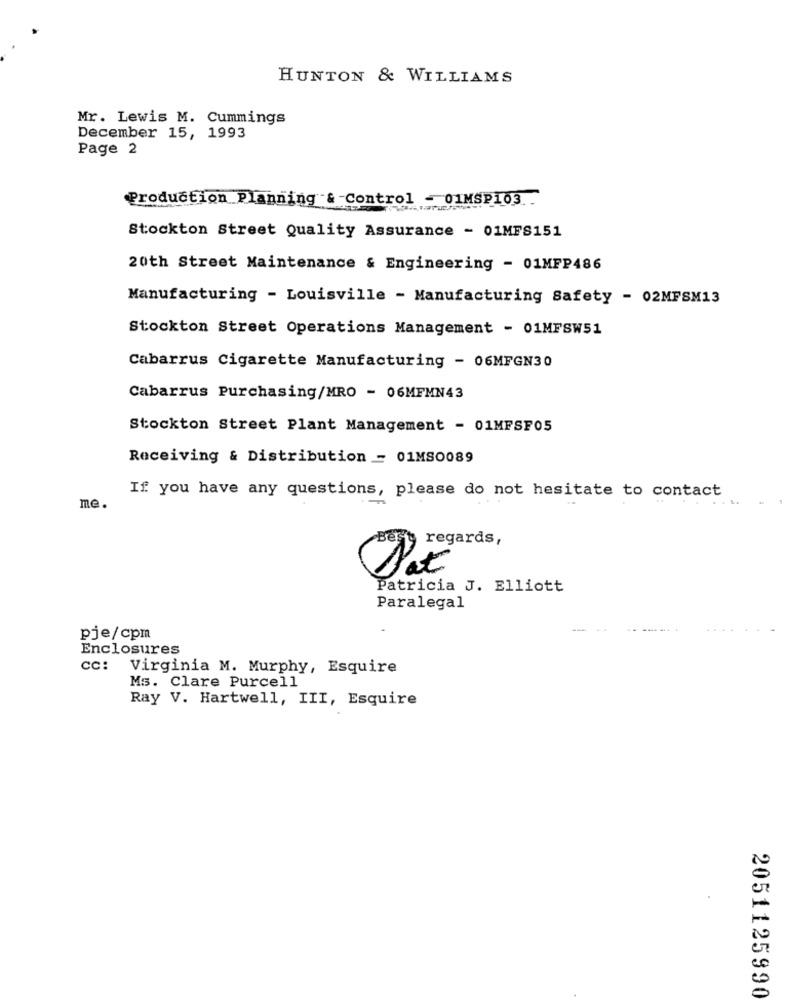
HUNTON & WILLIAMS
Mr. Lewis M. Cummings
December 15, 1993
Page 2
Production Planning & Control - 01MSP103.
Stockton Street Quality Assurance - 01MFS151
20th Street Maintenance & Engineering - 01MFP486
Manufacturing - Louisville - Manufacturing Safety - 02MFSM13
Stockton Street Operations Management - 01MFSW51
Cabarrus Cigarette Manufacturing - 06MFGN30
Cabarrus Purchasing/MRO - 06MFMN43
Stockton Street Plant Management - 01MFSF05
Receiving & Distribution - 01MSO089
If you have any questions, please do not hesitate to contact
me.
regards,
Patricia J. Elliott
Paralegal
pje/cpm
Enclosures
cc: Virginia M. Murphy, Esquire
Ms. Clare Purcell
Ray V. Hartwell, III, Esquire
2051125990